Vaccination in the Punjab 1919-1929 - 1919-1929
Year: 1919
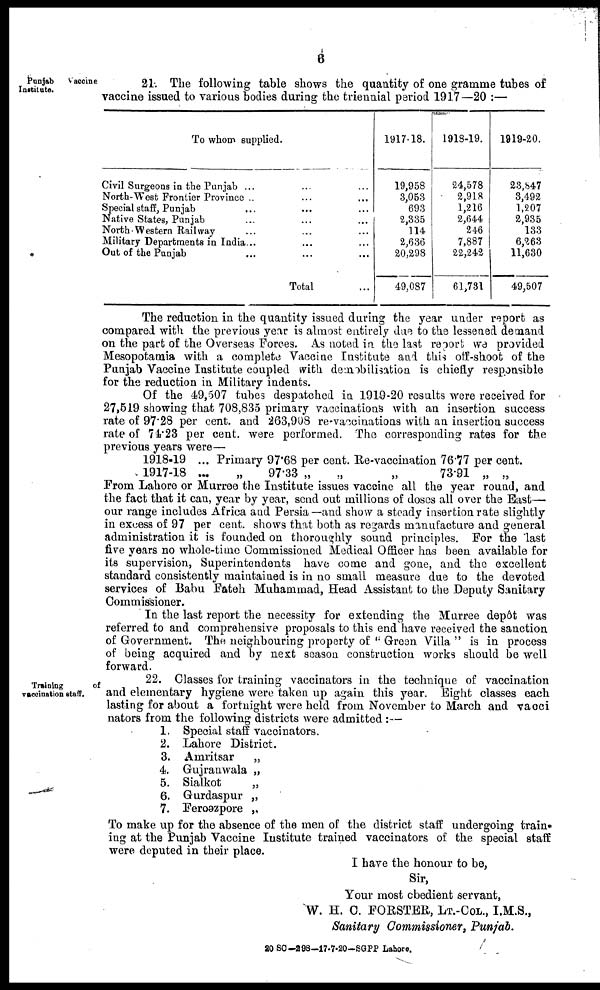
6
Punjab
vaccine
Institute.
21. The following table shows the quantity of one gramme tubes of
vaccine issued to various bodies during the triennial period 1917—20 :—
To whom supplied.
Civil Surgeons in the Punjab ... ... ...
North-West Frontier Province ... ... ...
Special staff, Punjab ... ... ...
Native States, Punjab ... ... ...
North Western Railway ... ... ...
Military Departments in India ... ... ...
Out of the Punjab ... ... ...
Total ...
1917-18.
19,958
3,053
693
2,335
114
2,636
20,298
49,087
1918-19.
24,578
2,918
1,216
2,644
246
7,887
22,242
61,731
1919-20.
23,847
3,492
1,207
2,935
133
6,2163
11,630
49,507
The reduction in the quantity issued during the year under report as
compared with the previous year is almost entirely due to the lessened demand
on the part of the Overseas Forces. As noted in the last report we provided
Mesopotamia with a complete Vaccine Institute and this off-shoot of the
Punjab Vaccine Institute coupled with demobilisation is chiefly responsible
for the reduction in Military indents.
Of the 49,507 tubes despatched in 1919-20 results were received for
27,519 showing that 708,835 primary vaccinations with an insertion success
rate of 97.28 per cent. and 263,908 re-vaccinations with an insertion success
rate of 74.23 per cent. were performed. The corresponding rates for the
previous years were—
1918-19 ... Primary 97.68 per cent. Re-vacciuation 76.77 per cent.
1917-18 ...
„
97.33 „
„
„
73.91 „ „
From Lahore or Murree the Institute issues vaccine all the year round, and
the fact that it can, year by year, send out millions of doses all over the East—
our range includes Africa and Persia—and show a steady insertion rate slightly
in excess of 97 per cent. shows that both as regards manufacture and general
administration it is founded on thoroughly sound principles. For the last
five years no whole-time Commissioned Medical Officer has been available for
its supervision, Superintendents have come and gone, and the excellent
standard consistently maintained is in no small measure due to the devoted
services of Babu Fateh Muhammad, Head Assistant to the Deputy Sanitary
Commissioner.
In the last report the necessity for extending the Murree depôt was
referred to and comprehensive proposals to this end have received the sanction
of Government. The neighbouring property of " Green Villa " is in process
of being acquired and by next season construction works should be well
forward.
Training
of
vaccination staff.
22. Classes for training vaccinators in the technique of vaccination
and elementary hygiene were taken up again this year. Eight classes each
lasting for about a fortnight were held from November to March and vacci
nators from the following districts were admitted :—
1. Special staff vaccinators.
2. Lahore District.
3. Amritsar
„
4. Gujranwala „
5. Sialkot
„
6. Gurdaspur „
7. Feroozpore „
To make up for the absence of the men of the district staff undergoing train-
ing at the Punjab Vaccine Institute trained vaccinators of the special staff
were deputed in their place.
I have the honour to be,
Sir,
Your most obedient servant,
W. H. C. FORSTER, LT.-COL., I.M.S.,
Sanitary Commissioner, Punjab.
20 SC-298-17-7-20-SGPP Lahore.